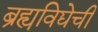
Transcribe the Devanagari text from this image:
ब्रह्यविद्येची